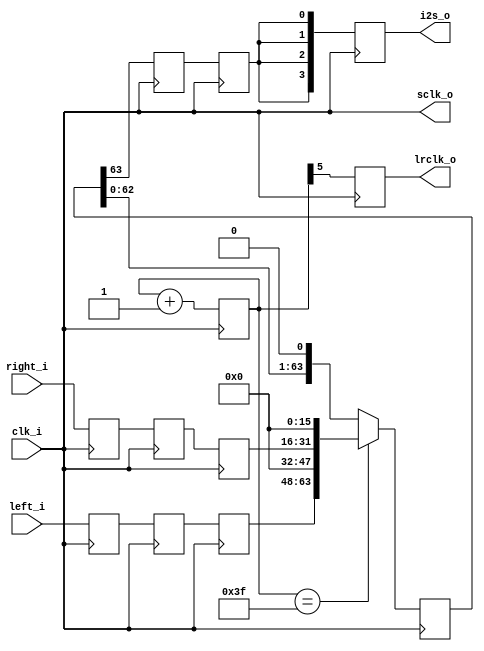
module i2s_audio ( 
	input clk_i,
	input [15:0] left_i,
	input [15:0] right_i,
	output reg [3:0] i2s_o,
	output reg lrclk_o,
	output sclk_o
	);
  reg [5:0] bit_cntr = 0;
  reg [3:0] i2s = 0;
  reg [63:0] shift_reg = 64'd0;
  reg delayed_out = 0;
  reg [15:0] left_buffer[0:2];
  reg [15:0] right_buffer[0:2];
  assign sclk_o = clk_i;
  always @(negedge clk_i)
	begin
  	lrclk_o <= bit_cntr[5];
  	i2s_o[0] <= i2s[0];
  	i2s_o[1] <= i2s[1];
  	i2s_o[2] <= i2s[2];
  	i2s_o[3] <= i2s[3];
	end
  always @(posedge clk_i)
      bit_cntr <= bit_cntr + 1'b1;
  always @(negedge clk_i)
  begin
	if( bit_cntr == 6'd63 )
	{delayed_out, shift_reg} <= {shift_reg[63],left_buffer[0],16'd0,right_buffer[0],16'd0};
	else
	{delayed_out,shift_reg} <= {shift_reg,1'b0};
  end
  always @(posedge clk_i)
  begin
	i2s[0] <= delayed_out;
	i2s[1] <= delayed_out;
	i2s[2] <= delayed_out;
	i2s[3] <= delayed_out;
  end
	always @(posedge clk_i)
	begin
		{left_buffer[0],left_buffer[1],left_buffer[2]} <= {left_buffer[1],left_buffer[2],left_i};
		{right_buffer[0],right_buffer[1],right_buffer[2]} <= {right_buffer[1],right_buffer[2],right_i};
	end
endmodule